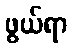
ဖွယ်ရာ